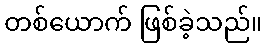
တစ်ယောက် ဖြစ်ခဲ့သည်။